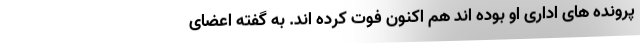
پرونده های اداری او بوده اند هم اکنون فوت کرده اند. به گفته اعضای